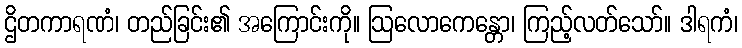
ဌိတကာရဏံ၊ တည်ခြင်း၏ အကြောင်းကို။ ဩလောကေန္တော၊ ကြည့်လတ်သော်။ ဒါရကံ၊